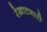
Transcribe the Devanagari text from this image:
रेखाटणारी